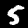
Label: 5